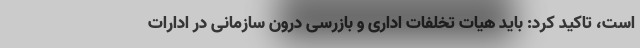
است، تاکید کرد: باید هیات تخلفات اداری و بازرسی درون سازمانی در ادارات